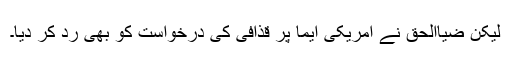
لیکن ضیاالحق نے امریکی ایما پر قذافی کی درخواست کو بھی رد کر دیا۔